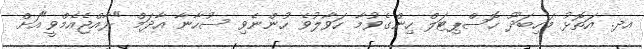
އދ. އަތޮޅު މަހިބަދޫ ހޮސްޕިޓަލް ހިންގެވުމާ ހަވާލުވެ ހުންނެވި ސުހާނާ އާދަމް "ރާއްޖެއެމްވީ"އަށް